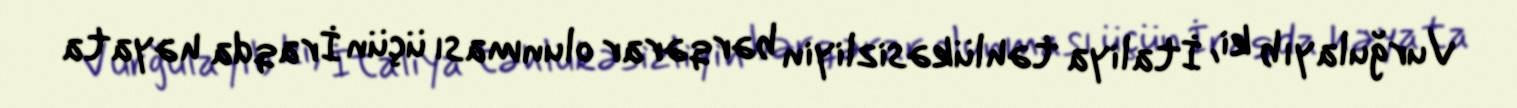
Vurğulayıb ki, İtaliya təhlükəsizliyin bərqərar olunması üçün İraqda həyata